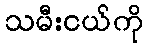
သမီးငယ်ကို